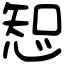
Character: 𢜔